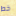
خط